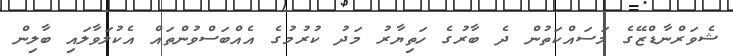
ޝެވަރްނާޑްޒޭގެ މަސައްކަތުން ދެ ބާރުގެ ހަތިޔާރު މަދު ކުރުމުގެ އެއްބަސްވުންތައް އެކުލަވާލައި ބާލިން